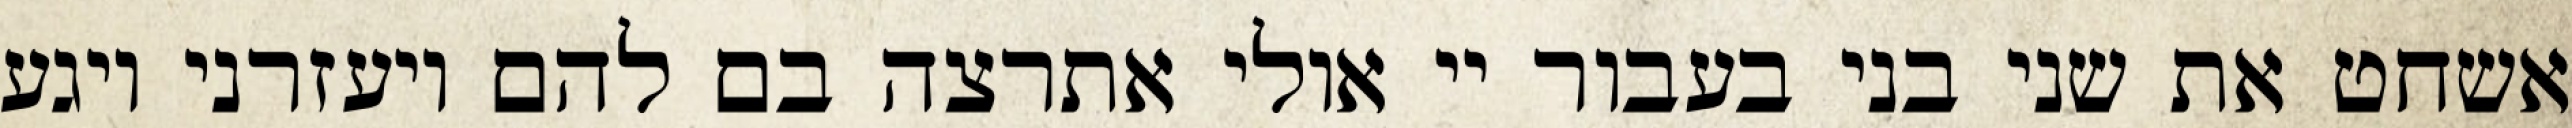
אשחט את שני בני בעבור יי אולי אתרצה בם להם ויעזרני ויגע